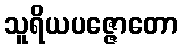
သူရိယပဇ္ဇောတော